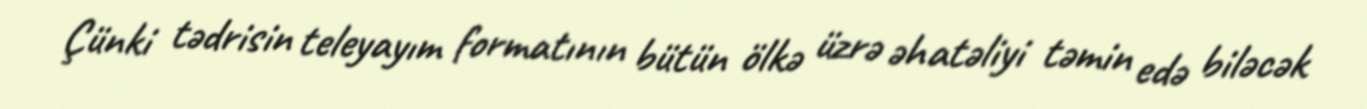
Çünki tədrisin teleyayım formatının bütün ölkə üzrə əhatəliyi təmin edə biləcək